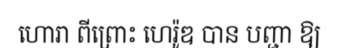
ហោរា ពីព្រោះ ហេរ៉ូឌ បាន បញ្ជា ឱ្យ